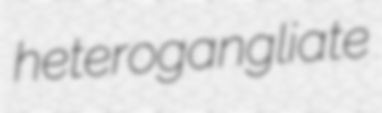
heterogangliate